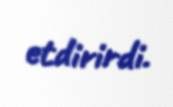
etdirirdi.